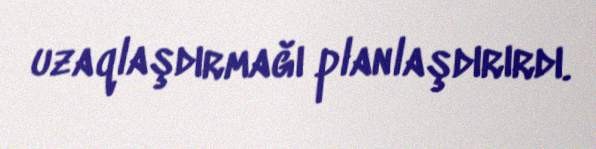
uzaqlaşdırmağı planlaşdırırdı.